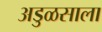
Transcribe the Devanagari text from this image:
अडुळसाला